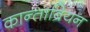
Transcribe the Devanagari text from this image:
कान्ताब्रियन